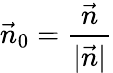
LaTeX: {\vec{n}}_{0}={\frac{\vec{n}}{|{\vec{n}}|}}